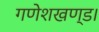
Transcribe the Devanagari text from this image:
गणेशखण्ड।